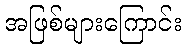
အဖြစ်များကြောင်း